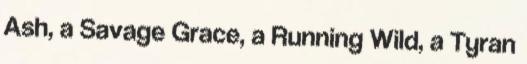
Ash, a Savage Grace, a Running Wild, a Tyran